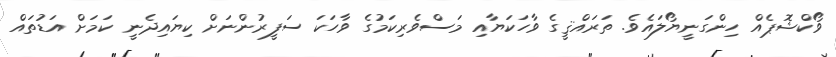
ވޯކްޝޮޕެއް ހިންގަނީޔޯލައެވެ. ތަރައްޤީގެ ވާހަކަޔާއި މަސްވެރިކަމުގެ ވާހަކަ ސަފީރުންނަށް ކިޔައިދެނީ ކަމަށް އަޑުތައް